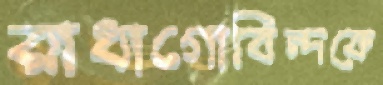
রাধাগোবিন্দকে